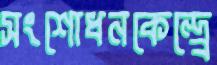
সংশোধনকেন্দ্র্রে